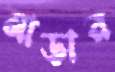
নাড়ার